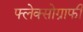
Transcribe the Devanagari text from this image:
फ्लेक्सोग्राफी